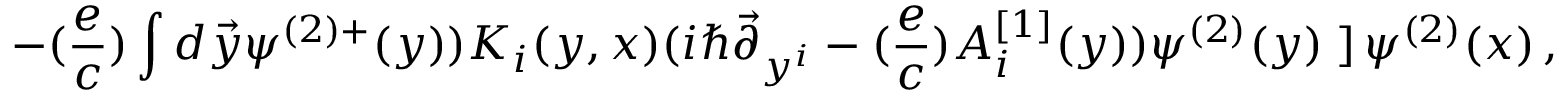
- ( { \frac { e } { c } } ) \int d \vec { y } \psi ^ { ( 2 ) + } ( y ) ) K _ { i } ( y , x ) ( i \hbar \vec { \partial } _ { y ^ { i } } - ( { \frac { e } { c } } ) A _ { i } ^ { [ 1 ] } ( y ) ) \psi ^ { ( 2 ) } ( y ) \left. \right] \psi ^ { ( 2 ) } ( x ) \, ,